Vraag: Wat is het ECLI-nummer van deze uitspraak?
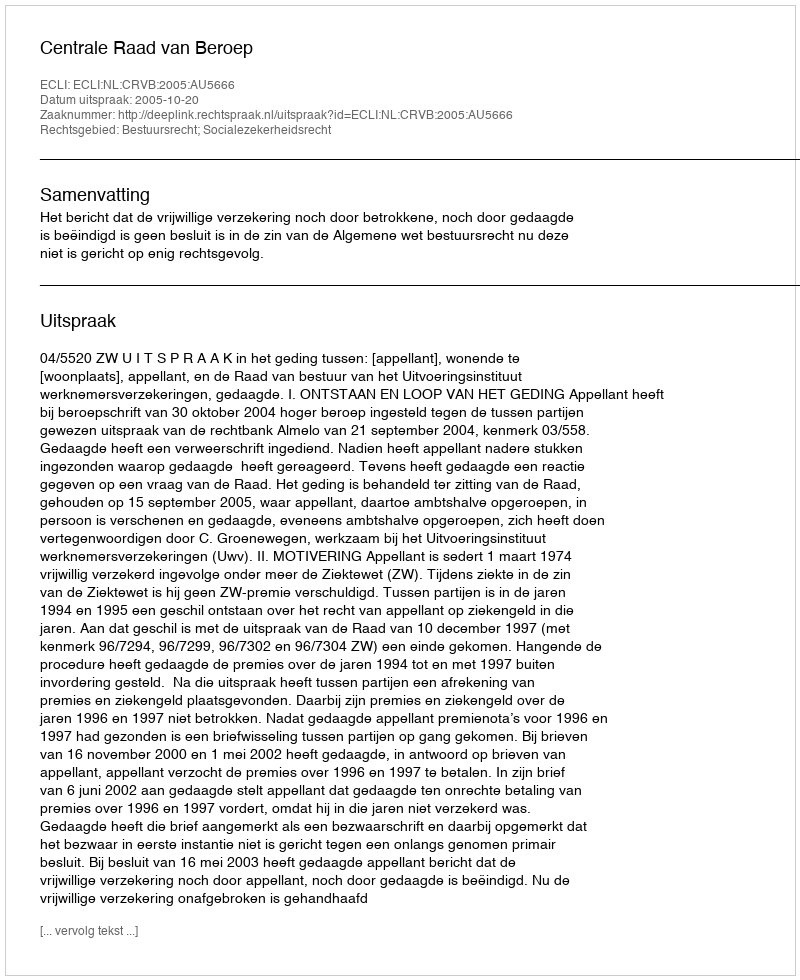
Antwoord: ECLI:NL:CRVB:2005:AU5666